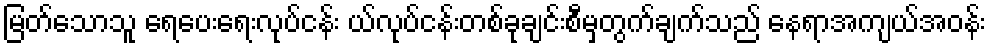
မြတ်သောသူ ရေပေးရေးလုပ်ငန်း ယ်လုပ်ငန်းတစ်ခုချင်းစီမှတွက်ချက်သည် နေရာအကျယ်အဝန်း